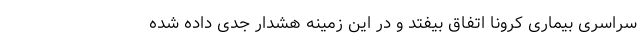
سراسری بیماری کرونا اتفاق بیفتد و در این زمینه هشدار جدی داده شده